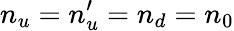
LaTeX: n_{u}=n_{u}^{\prime}=n_{d}=n_{0}